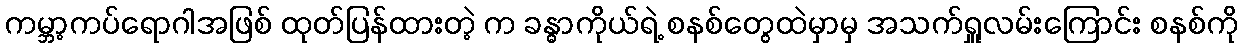
ကမ္ဘာ့ကပ်ရောဂါအဖြစ် ထုတ်ပြန်ထားတဲ့ က ခန္ဓာကိုယ်ရဲ့ စနစ်တွေထဲမှာမှ အသက်ရှူလမ်းကြောင်း စနစ်ကို